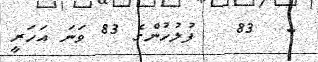
-  83   ފުލުހުންގެ 83 ވަނަ އަހަރީ